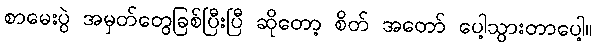
စာမေးပွဲ အမှတ်တွေခြစ်ပြီးပြီ ဆိုတော့ စိတ် အတော် ပေါ့သွားတာပေါ့။